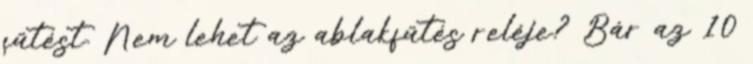
fűtést. Nem lehet az ablakfűtés reléje? Bár az 10